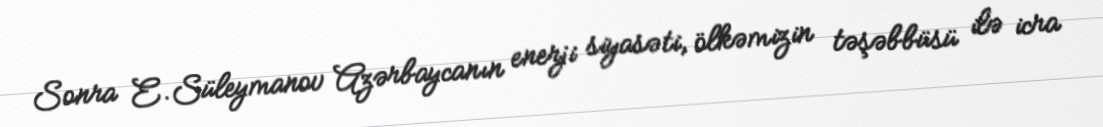
Sonra E.Süleymanov Azərbaycanın enerji siyasəti, ölkəmizin təşəbbüsü ilə icra